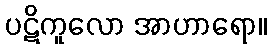
ပဋိကူလော အာဟာရော။